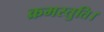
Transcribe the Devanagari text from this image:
क्रमस्तुति।